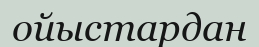
ойыстардан